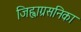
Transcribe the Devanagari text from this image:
जिह्वाग्रसनिका